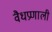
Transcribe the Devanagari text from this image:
वैधप्रणाली